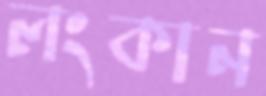
লংকান